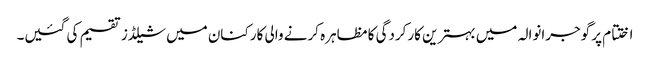
اختتام پر گوجرانوالہ میں بہترین کارکردگی کا مظاہرہ کرنے والی کارکنان میں شیلڈز تقسیم کی گئیں۔